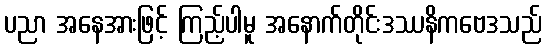
ပညာ အနေအားဖြင့် ကြည့်ပါမူ အနောက်တိုင်းဒဿနိကဗေဒသည်